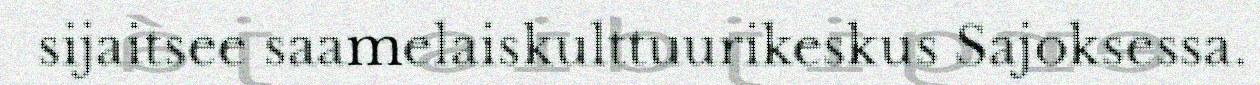
sijaitsee saamelaiskulttuurikeskus Sajoksessa.